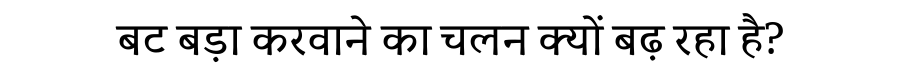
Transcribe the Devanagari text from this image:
बट बड़ा करवाने का चलन क्यों बढ़ रहा है?